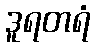
ဒူရတရံ